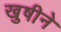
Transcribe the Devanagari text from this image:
खुषीने